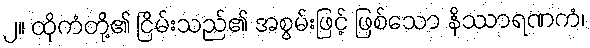
၂။ ထိုကံတို့၏ ငြိမ်းသည်၏ အစွမ်းဖြင့် ဖြစ်သော နိဿာရဏကံ၊